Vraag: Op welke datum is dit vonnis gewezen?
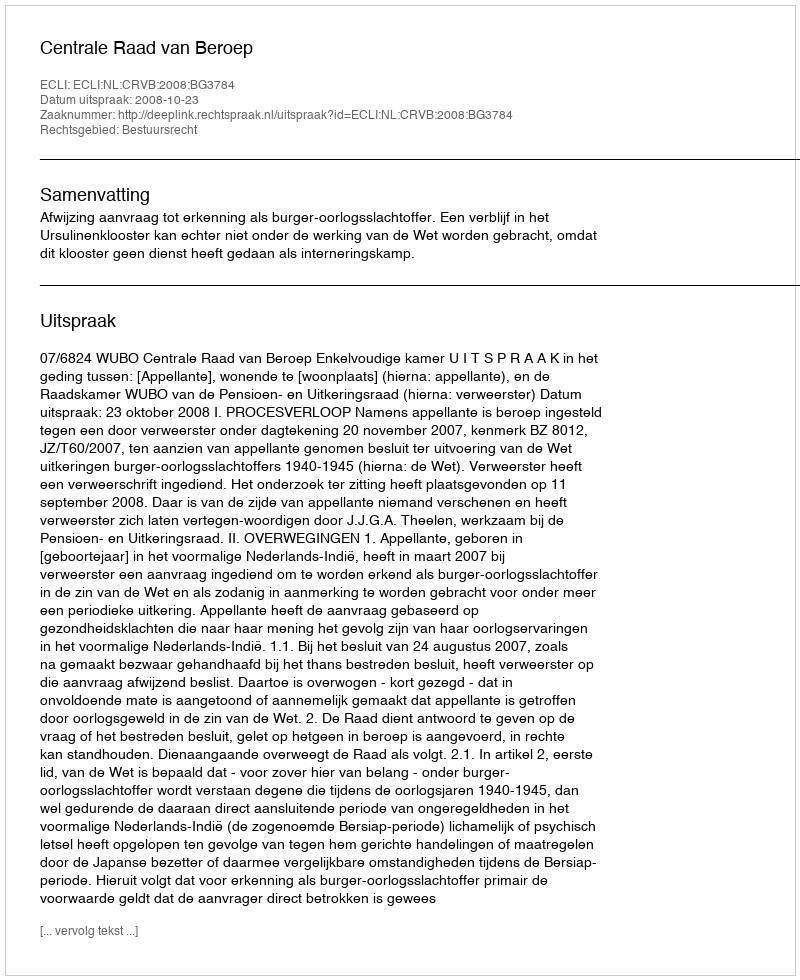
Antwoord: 2008-10-23